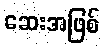
ဆေးအဖြစ်